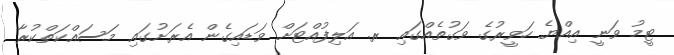
ޓީމު ވަނީ އިއްޔެ ހަވީރުގެ ވަގުތެއްގައި ރ. އަލިފުއްޓަށް ވަޑައިގެން އެރަށުގައި މަސައްކަތްކުރާ